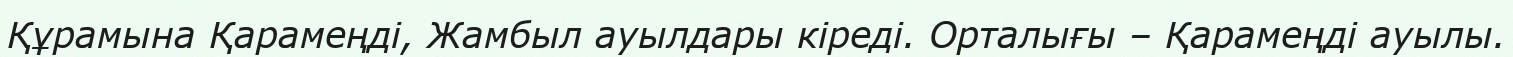
Құрамына Қарамеңді, Жамбыл ауылдары кіреді. Орталығы – Қарамеңді ауылы.